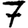
Digit: 7